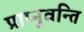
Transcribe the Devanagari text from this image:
प्राप्नुवन्ति